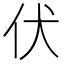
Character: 伏